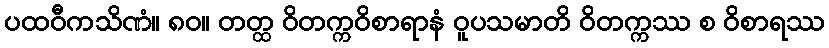
ပထဝီကသိဏံ။ ၈၀။ တတ္ထ ဝိတက္ကဝိစာရာနံ ဝူပသမာတိ ဝိတက္ကဿ စ ဝိစာရဿ